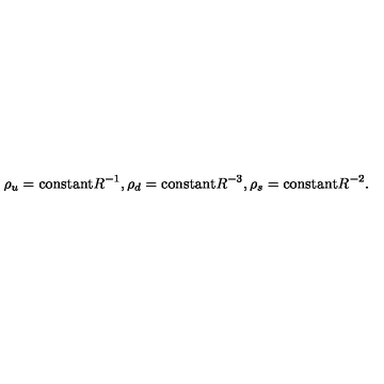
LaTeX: \rho _ { u } = \mathrm { c o n s t a n t } R ^ { - 1 } , \rho _ { d } = \mathrm { c o n s t a n t } R ^ { - 3 } , \rho _ { s } = \mathrm { c o n s t a n t } R ^ { - 2 } .